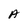
Character: A